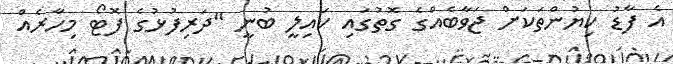
އެ ފާޑު ކިޔުންތަކަށް ޖަވާބެއްގެ ގޮތުގައި ކައިލީ ބުނީ "ދަރިފުޅުގެ ފޮޓޯ މިހާރެއް